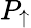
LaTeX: P_{\uparrow}